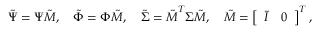
\boldsymbol { \tilde { \Psi } } = \boldsymbol { \Psi } \boldsymbol { \tilde { M } } , \quad \boldsymbol { \tilde { \Phi } } = \boldsymbol { \Phi } \boldsymbol { \tilde { M } } , \quad \boldsymbol { \tilde { \Sigma } } = \boldsymbol { \tilde { M } } ^ { T } \boldsymbol { \Sigma } \boldsymbol { \tilde { M } } , \quad \boldsymbol { \tilde { M } } = \left[ \begin{array} { l l } { \boldsymbol { \tilde { I } } } & { \boldsymbol { 0 } } \end{array} \right] ^ { T } ,